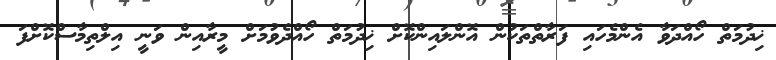
ޚިދުމަތް ހޯއްދަވާ އެންމެހައި ފަރާތްތަކުން އޮންލައިންކޮށް ޚިދުމަތް ހޯއްދެވުމަށް މީރާއިން ވަނީ އިލްތިމާސްކޮށްފަ